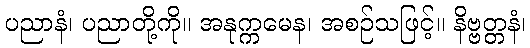
ပညာနံ၊ ပညာတို့ကို။ အနုက္ကမေန၊ အစဉ်သဖြင့်။ နိဗ္ဗတ္တနံ၊